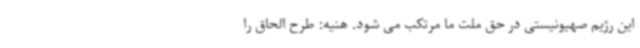
این رژیم صهیونیستی در حق ملت ما مرتکب می شود. هنیه: طرح الحاق را